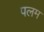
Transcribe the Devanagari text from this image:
पलम